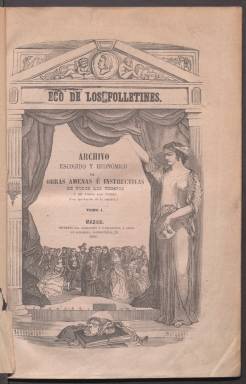
Título: El Eco de los folletines
Colección: Literatura
Ámbito geográfico: Madrid
Lugar de publicación: Madrid
Fechas: 01/01/1854-31/12/1856

Esta publicación periódica es un claro testimonio de la era dorada del folletín, la novela por entregas que ofrecían los periódicos en el siglo XIX que solía ocupar el faldón de portada y en algunos casos se extendía a más de una página en el mismo número. Era uno de los atractivos principales para la compra del periódico y hacía que las mujeres se mostraran también interesadas en la lectura además de los hombres, más inclinados a la información política.

   El Eco de los folletines nació en 1854 y concluyó tres años más tarde tras publicar entregas cuatrimestrales con un total de nueve números. La extensión media fue de 400 páginas, aunque hubo algunos de 500 y el último superó las 700. Fueron publicadas un total de 60 obras, la inmensa mayoría de ellas novelas.

  Tras cesar la publicación los editores se vanagloriaban de que esas 60 obras que en ediciones anteriores ocupaban 100 volúmenes con un coste de unos mil reales las habían dado ellos por 108 reales en Madrid y algo más en provincias y además ilustradas con 588 grabados. Ciertamente, estas ilustraciones era uno de los incentivos para la compra de la revista.

    En el último número hay una relación completa de todas las obras publicadas. Además de novelas, hubo varios poemas. Están representados sobre todo los autores extranjeros, algunos con varias obras, como es el caso del francés Eugenio Sué, uno de los creadores de las novelas por entregas de los diarios. No obstante, no figuran ‘Los misterios de Parías’ ni ‘El Judío errante’, sus relatos más conocidos. Otros dos autores muy representados en la colección son el también francés Alejandro Dumas y el escocés Walter Scott.

  Entre los españoles publicados figuran Fernán Caballero, Pedro Antonio de Alarcón y Emilio Castelar con una novela histórica sobre el rey Alfonso X el sabio escrita en colaboración con Francisco de Paula Canalejas. Castelar, uno de los principales políticos de la segunda mitad del siglo XIX y que llegó a presidir la I República española, fue autor de novelas, relatos de viajes, biografías y artículos y ensayos de diferentes materias.

   El Eco de los folletines fue editado en la imprenta del Semanario Pintoresco de Mesonero Romanos y del periódico La Ilustración, y más tarde también en Las Novedades, periódico fundado por Ángel Fernández de los Ríos y que fue el primero de gran circulación en España y el que introdujo los folletines con grabados.

[Descripción publicada el 8/09/2023]